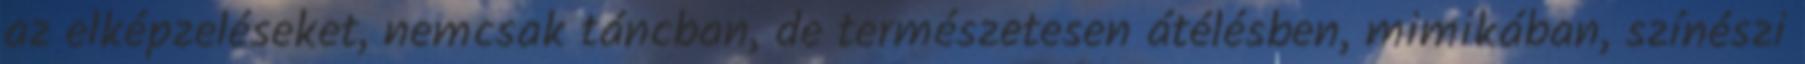
az elképzeléseket, nemcsak táncban, de természetesen átélésben, mimikában, színészi